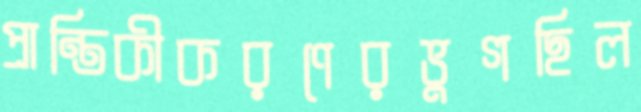
প্রান্তিকীকরণেরভুগছিল